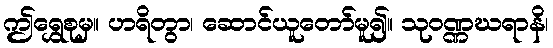
ဤရွှေစုမှ။ ဟရိတွာ၊ ဆောင်ယူတော်မူ၍။ သုဝဏ္ဏဃရာနိ၊